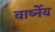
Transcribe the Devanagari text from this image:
वार्ष्नेय